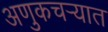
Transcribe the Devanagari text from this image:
अणुकचऱ्यात